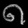
Digit: ၈